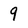
Character: 9